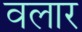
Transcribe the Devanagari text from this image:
वलार